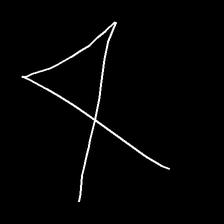
Glyph: collection